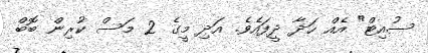
ސުއިޓް" އެއް ހަދާ ދީފައެވެ. އަދި މީގެ 2 މަސް ކުރިން ބޮބް